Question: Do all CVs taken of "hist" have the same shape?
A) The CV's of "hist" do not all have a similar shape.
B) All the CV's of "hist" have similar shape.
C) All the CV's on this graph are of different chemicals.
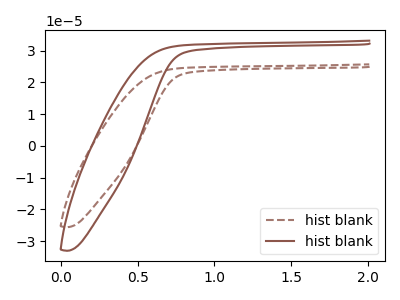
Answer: <think>The brown dashed curve "hist blank1" has no peaks. The brown curve "hist blank2" has no peaks.
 Neither "hist blank1" or "hist blank2" have any peaks.</think>
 <answer>B) All the CV's of "hist" have similar shape.</answer>
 <eval>B</eval>